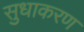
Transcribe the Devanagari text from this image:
सुधाकरण